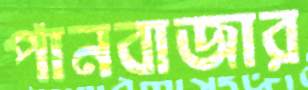
পানবাজার